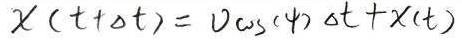
$x(t+\Delta t)=v\cos(\varphi)\Delta t + x(t)$